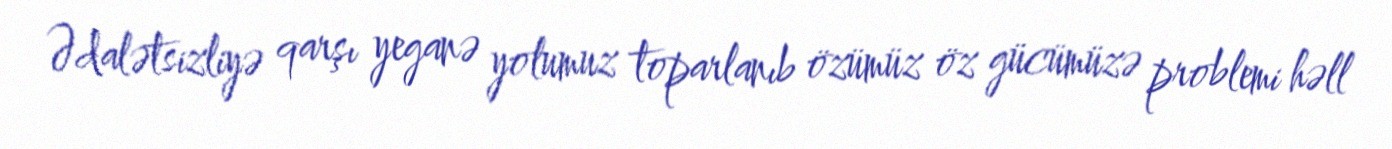
Ədalətsizliyə qarşı yeganə yolumuz toparlanıb özümüz öz gücümüzə problemi həll